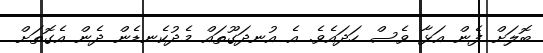
ބޮލަށް ފެން އަޅާ ވެސް ހަދައެވެ. އެ އުނދަގޫތައް މެދުކެނޑެން ދެން އެގޮތަށް